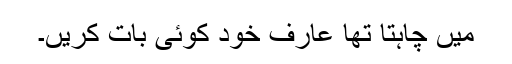
میں چاہتا تھا عارف خود کوئی بات کریں۔